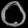
Digit: ၀